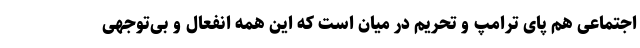
اجتماعی هم پای ترامپ و تحریم در میان است که این همه انفعال و بی‌توجهی